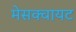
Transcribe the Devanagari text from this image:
मेसक्वायट